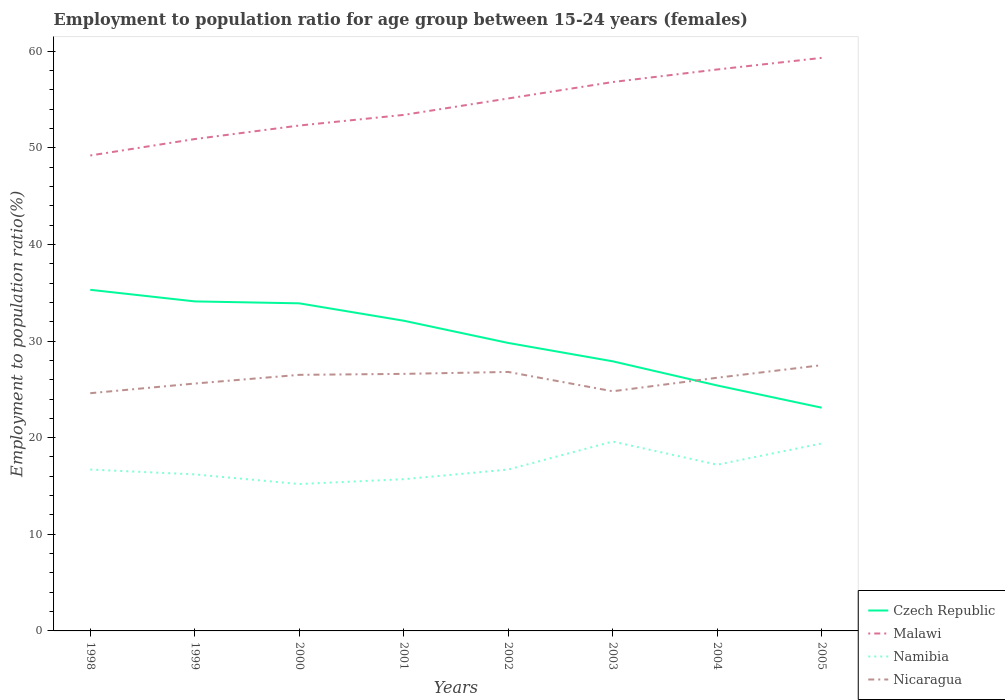
| Years | Czech Republic | Malawi | Namibia | Nicaragua |
 | --- | --- | --- | --- | --- |
 | 1998 | 35.3 | 49.2 | 16.7 | 24.6 |
 | 1999 | 34.1 | 50.9 | 16.2 | 25.6 |
 | 2000 | 33.9 | 52.3 | 15.2 | 26.5 |
 | 2001 | 32.1 | 53.4 | 15.7 | 26.6 |
 | 2002 | 29.8 | 55.1 | 16.7 | 26.8 |
 | 2003 | 27.9 | 56.8 | 19.6 | 24.8 |
 | 2004 | 25.4 | 58.1 | 17.2 | 26.2 |
 | 2005 | 23.1 | 59.3 | 19.4 | 27.5 |